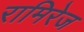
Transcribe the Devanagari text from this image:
रामिरेज